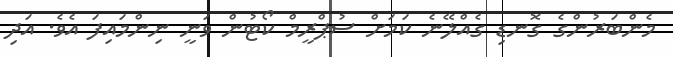
މެންބަރުންގެ ގޮނޑި ގެއްލޭނެ ކަމަށް ސުޕްރީމް ކޯޓުން ވަނީ ނިންމައިފަ އެވެ. އަދި